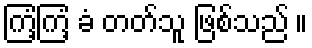
ကြံ့ကြံ့ ခံ တတ်သူ ဖြစ်သည် ။